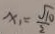
x _ { 1 } = \frac { \sqrt { 1 0 } } { 2 }